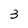
Character: 3